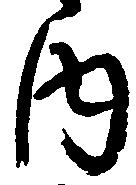
内